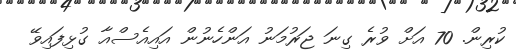
ކުރިން. 70 އަށް ވުރެ ގިނަ ޖަރުމަނު އަންހެނުން އައިއެސްއާ ގުޅިފައިވޭ